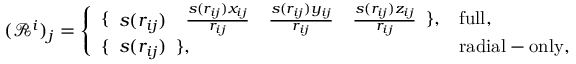
( \mathcal { R } ^ { i } ) _ { j } = \left\{ \begin{array} { l l } { \{ \begin{array} { c c c c } { s ( r _ { i j } ) } & { \frac { s ( r _ { i j } ) x _ { i j } } { r _ { i j } } } & { \frac { s ( r _ { i j } ) y _ { i j } } { r _ { i j } } } & { \frac { s ( r _ { i j } ) z _ { i j } } { r _ { i j } } } \end{array} \} , } & { \mathrm { f u l l } , } \\ { \{ \begin{array} { c } { s ( r _ { i j } ) } \end{array} \} , } & { \mathrm { r a d i a l - o n l y } , } \end{array} \right.